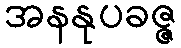
အနနုပခဇ္ဇ